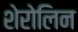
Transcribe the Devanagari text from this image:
शेरोलिन